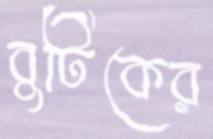
বুটিকের